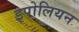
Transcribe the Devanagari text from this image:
इपोलियन